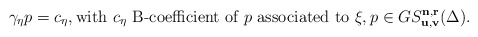
\begin{align*}\gamma_\eta p=c_\eta, \hbox{with}\,\, c_\eta\,\, \hbox{B-coefficient of $p$ associated to $\xi$}, p\in GS_{\bf u,v}^{\bf n,r}(\Delta). \end{align*}